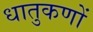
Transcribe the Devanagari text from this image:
धातुकणों